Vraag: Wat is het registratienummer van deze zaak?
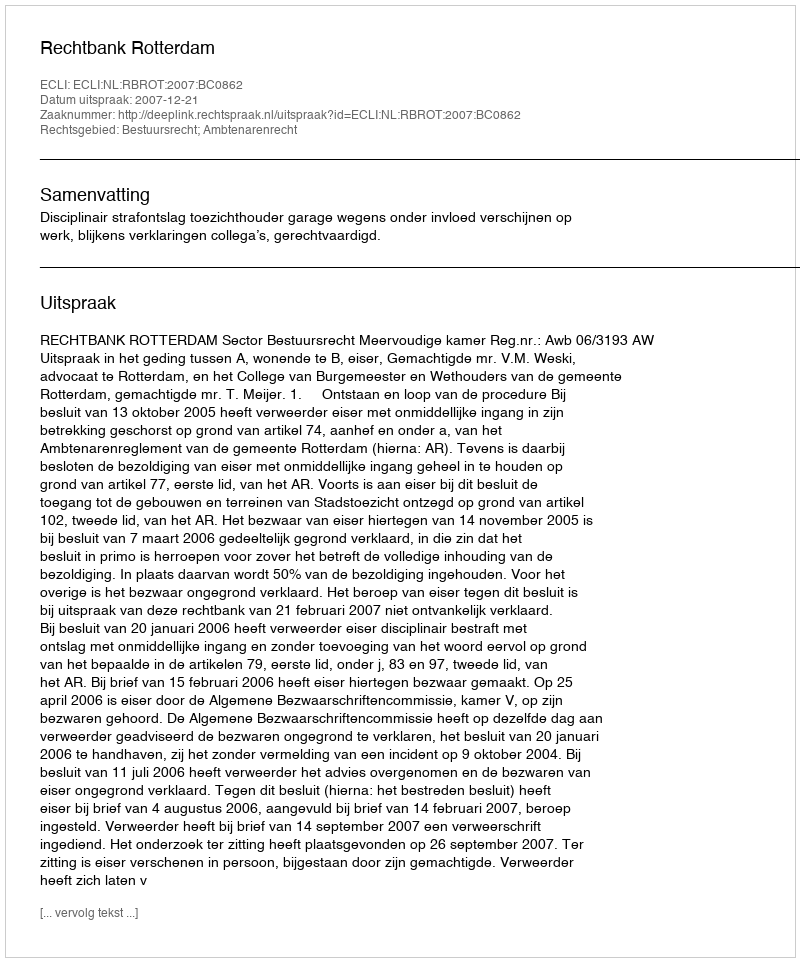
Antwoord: http://deeplink.rechtspraak.nl/uitspraak?id=ECLI:NL:RBROT:2007:BC0862